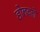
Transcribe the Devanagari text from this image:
डोलवतो